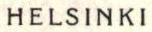
HELSINKI